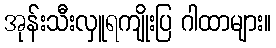
အုန်းသီးလှူရကျိုးပြ ဂါထာများ။